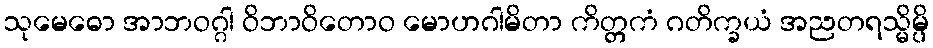
သုမေဓော အာဘဝဂ္ဂါ ဝိဘာဝိတောဝ မောဟဂါမိတာ ကိတ္တကံ ဂတိက္ခယံ အညတရသ္မိမ္ပိ